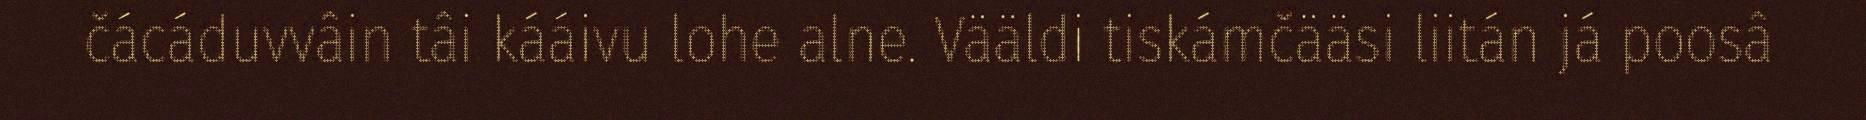
čácáduvvâin tâi kááivu lohe alne. Vääldi tiskámčääsi liitán já poosâ